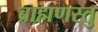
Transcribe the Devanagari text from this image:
ब्राह्मणस्तु